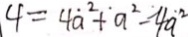
4 = 4 \dot { a } ^ { 2 } + ^ { \cdot } a ^ { 2 } - 4 \dot { a } ^ { 2 }